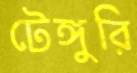
টেঙ্গুরি